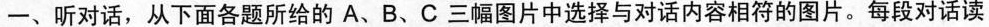
一、听对话，从下面各题所给的A、B、C三幅图片中选择与对话内容相符的图片。每段对话读